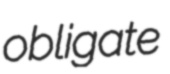
obligate